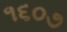
૧૬૦૭